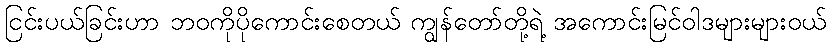
ငြင်းပယ်ခြင်းဟာ ဘဝကိုပိုကောင်းစေတယ် ကျွန်တော်တို့ရဲ့ အကောင်းမြင်ဝါဒများများဝယ်